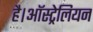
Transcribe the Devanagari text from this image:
है।ऑस्ट्रेलियन